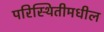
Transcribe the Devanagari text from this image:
परिस्थितीमधील